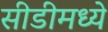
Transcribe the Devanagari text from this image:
सीडीमध्ये